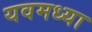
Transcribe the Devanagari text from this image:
यवमध्या